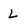
Character: L